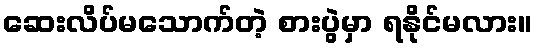
ဆေးလိပ်မသောက်တဲ့ စားပွဲမှာ ရနိုင်မလား။